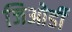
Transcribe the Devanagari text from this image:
जिओर्डी